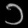
Digit: ၁